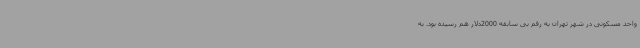
واحد مسکونی در شهر تهران به رقم بی سابقه 2000دلار هم رسیده بود. به